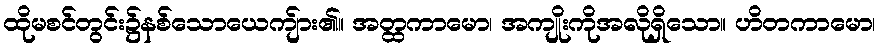
ထိုမစင်တွင်း၌နစ်သောယေကျ်ား၏။ အတ္ထကာမော၊ အကျိုးကိုအလိုရှိသော။ ဟိတကာမော၊